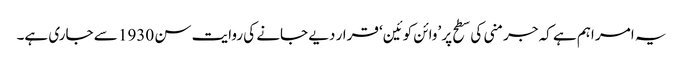
یہ امر اہم ہے کہ جرمنی کی سطح پر ’وائن کوئین‘ قرار دیے جانے کی روایت سن 1930 سے جاری ہے۔